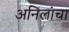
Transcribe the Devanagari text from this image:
अनिलांचा